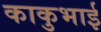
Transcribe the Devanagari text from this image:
काकुभाई